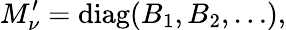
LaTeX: M_{\nu}^{\prime}=\mathrm{diag}(B_{1},B_{2},\dots),